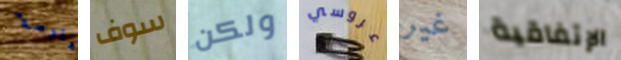
هلوسة سوف ولكن عروسي غير الإتفاقية